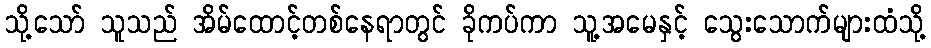
သို့သော် သူသည် အိမ်ထောင့်တစ်နေရာတွင် ခိုကပ်ကာ သူ့အမေနှင့် သွေးသောက်များထံသို့